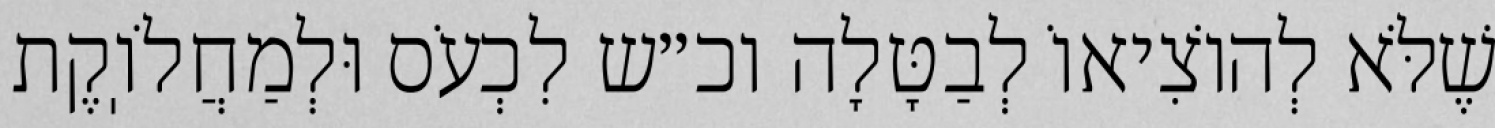
שֶׁלֹּא לְהוֹצִיאוֹ לְבַטָּלָה וכ״ש לִכְעֹס וּלְמַחֲלֹוֽקֶת